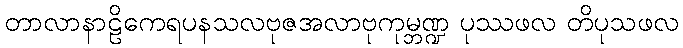
တာလာနာဠိကေရပနသလဗုဇအလာဗုကုမ္ဘဏ္ဍ ပုဿဖလ တိပုသဖလ